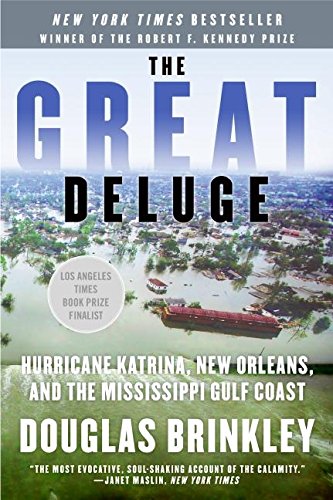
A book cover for The Great Deluge: Hurricane Katrina, New Orleans, and the Mississippi Gulf Coast; Douglas Brinkley; Science & Math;